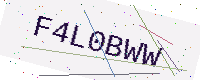
Text: F4L0BWW